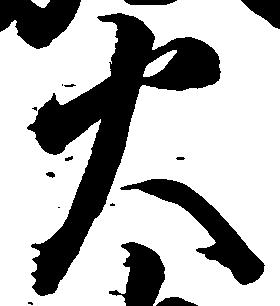
火